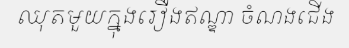
ឈុតមួយក្នុងរឿងឥណ្ឌា ចំណងជើង